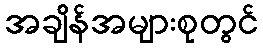
အချိန်အများစုတွင်